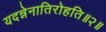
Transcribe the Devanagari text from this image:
यदन्नेनातिरोहति॥२॥